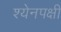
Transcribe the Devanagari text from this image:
श्येनपक्षी